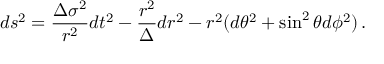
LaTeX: d s ^ { 2 } = \frac { \Delta \sigma ^ { 2 } } { r ^ { 2 } } d t ^ { 2 } - \frac { r ^ { 2 } } { \Delta } d r ^ { 2 } - r ^ { 2 } ( d \theta ^ { 2 } + \sin ^ { 2 } \theta d \phi ^ { 2 } ) \, .